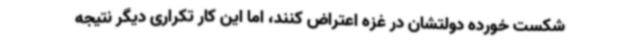
شکست خورده دولتشان در غزه اعتراض کنند، اما این کار تکراری دیگر نتیجه